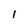
Character: l